Leaving Certificate Examination (including Day School Certificate (Higher) General paper), 1935
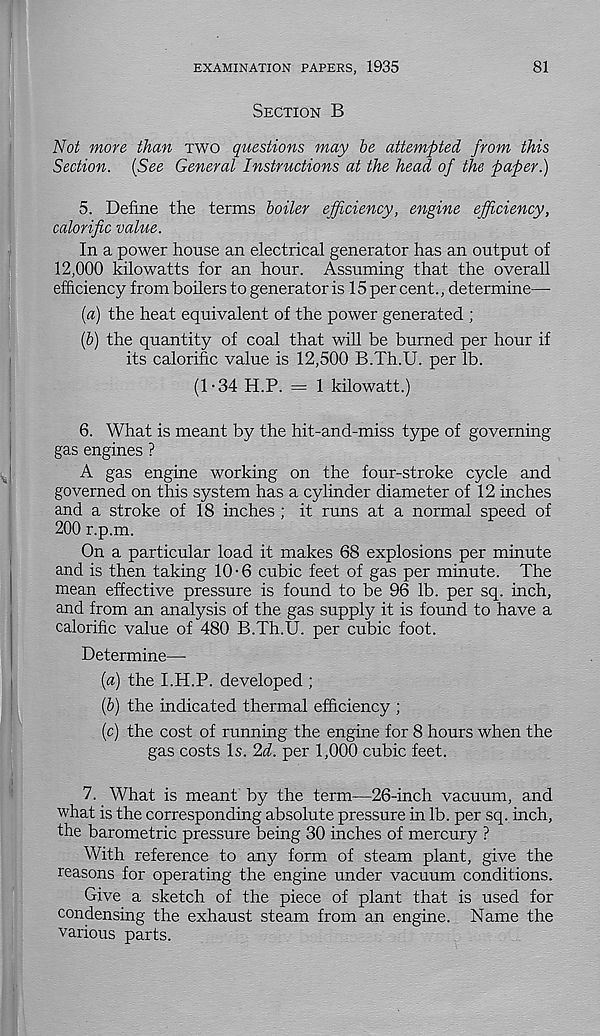
EXAMINATION PAPERS, 1935
81
Section B
Not more than two questions may he attempted from this
Section. {See General Instructions at the head of the paper.)
5. Define the terms boiler efficiency, engine efficiency,
calorific value.
In a power house an electrical generator has an output of
12,000 kilowatts for an hour. Assuming that the overall
efficiency from boilers to generator is 15 per cent., determine—
(a) the heat equivalent of the power generated ;
[h] the quantity of coal that will be burned per hour if
its calorific value is 12,500 B.Th.U. per lb.
(1-34 H.P. = 1 kilowatt.)
6. What is meant by the hit-and-miss type of governing
gas engines ?
A gas engine working on the four-stroke cycle and
governed on this system has a cylinder diameter of 12 inches
and a stroke of 18 inches ; it runs at a normal speed of
200 r.p.m.
On a particular load it makes 68 explosions per minute
and is then taking 10-6 cubic feet of gas per minute. The
mean effective pressure is found to be 96 lb. per sq. inch,
and from an analysis of the gas supply it is found to have a
calorific value of 480 B.Th.U. per cubic foot.
Determine—
{a) the I.H.P. developed ;
(6) the indicated thermal efficiency ;
(c) the cost of running the engine for 8 hours when the
gas costs Is. 2d. per 1,000 cubic feet.
7. What is meant by the term-—26-inch vacuum, and
what is the corresponding absolute pressure in lb. per sq. inch,
the barometric pressure being 30 inches of mercury ?
With reference to any form of steam plant, give the
reasons for operating the engine under vacuum conditions.
Give a sketch of the piece of plant that is used for
condensing the exhaust steam from an engine. Name the
various parts.